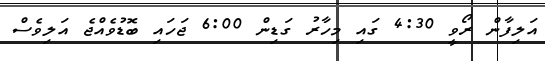
އަލިފާން ރޯވީ 4:30 ގައި މިހާރު ގަޑިން 6:00 ޖަހައި ބޮޑުވެއްޖެ އަލިވެސް